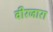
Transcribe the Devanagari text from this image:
वीरजारा